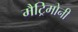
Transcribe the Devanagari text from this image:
मैट्रिमोनी